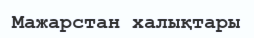
Мажарстан халықтары